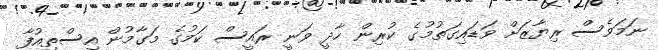
ނަމަވެސް ރިޔާޒަށް ވަޑައިގަތުމުގެ ކުރިން ހާދީ ވަނީ ރައީސް ކަމުގެ މަގާމުން އިސްތިއުފާ